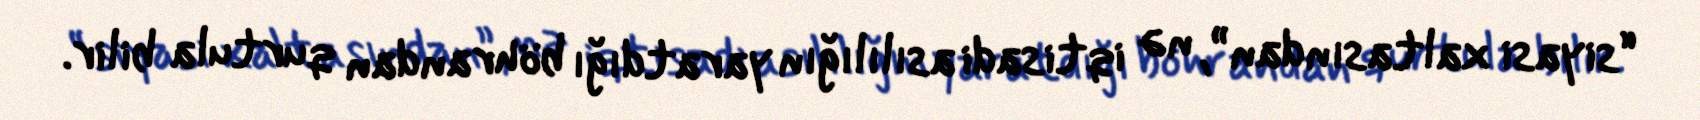
“siyasi xaltasından”, nə iqtisadi asılılığın yaratdığı böhrandan qurtula bilir.